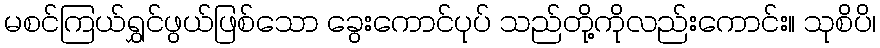
မစင်ကြယ်ရွှင်ဖွယ်ဖြစ်သော ခွေးကောင်ပုပ် သည်တို့ကိုလည်းကောင်း။ သုစိပိ၊